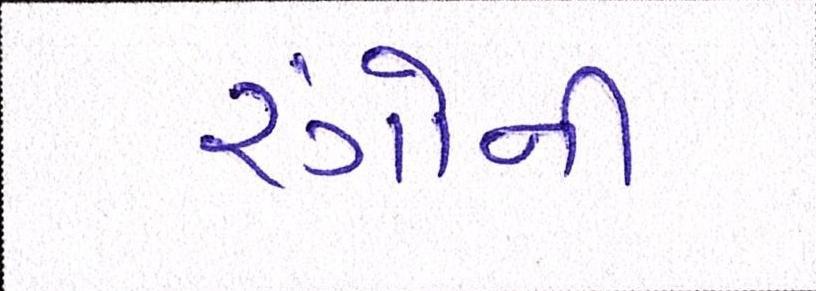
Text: રંગોની